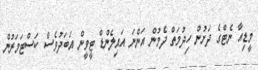
މީޑިއާ ނެޓްގެ ދަށުން ހިދުމަތް ދެމުން އަންނަ އައިލެންޑް ޓީވީން އަބަދުވެސް ކަސްޓަމަރުން